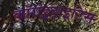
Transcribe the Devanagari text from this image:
कॉरोइडाइटिस